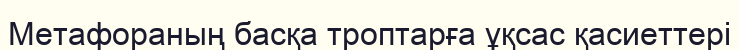
Метафораның басқа троптарға ұқсас қасиеттері